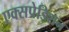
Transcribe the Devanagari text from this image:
एक्सपेडिशन